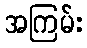
အကြမ်း